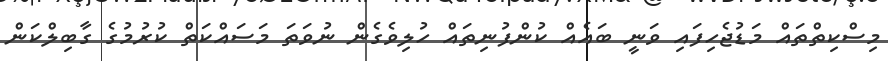
މިސްކިތްތައް މަޑުޖެހިފައި ވަނީ ބައެއް ކުންފުނިތައް ހުލިވެގެން ނުވަތަ މަސައްކަތް ކުރުމުގެ ގާބިލްކަން